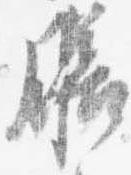
膳